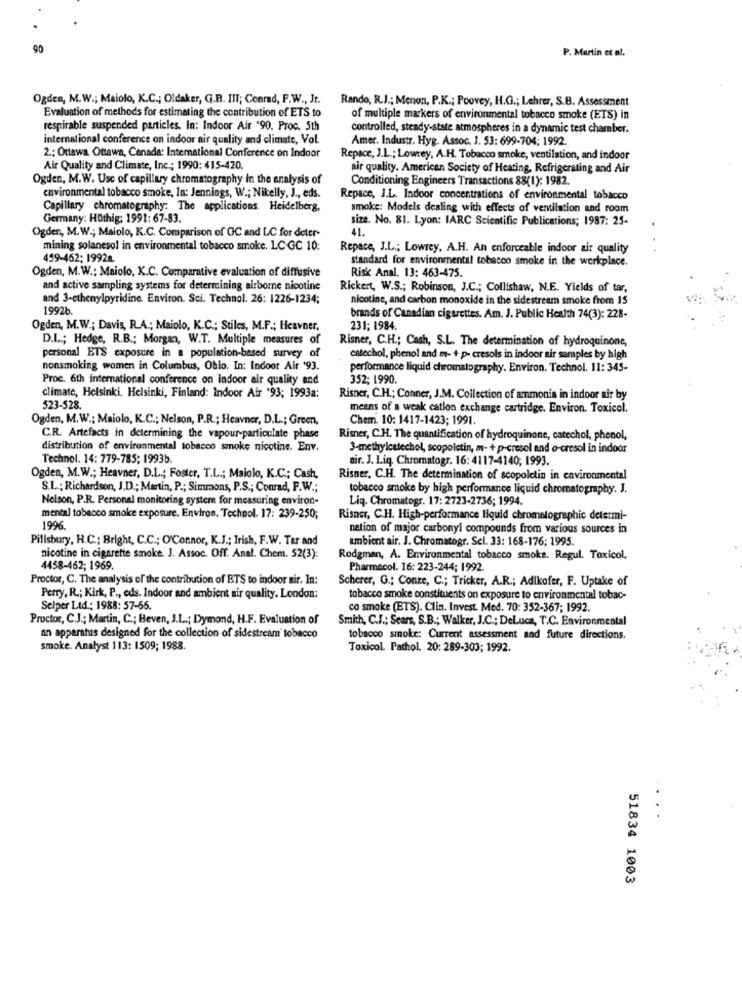
90
P. Martin et al.
Ogden, M.W .; Maiolo, K.C .; Oldaker, G.B. IIT; Conrad, P.W ., Jr.
Rando, R.J .; Menon, P.K .; Poovey, H.G .; Lehrer, S.B. Assessment
Evaluation of methods for estimating the contribution of ETS to
of multiple markers of environmental tobacco smoke (ETS) in
respirable suspended particles. In: Indoor Air '90. Proc. 5th
controlled, steady-state atmospheres in a dynamic test chamber.
international conference on indoor air quality and climate, Vol.
Amer. Industr. Hyg. Assoc. J. 53: 699-704; 1992.
2 .; Ottawa Ottawa, Canada: International Conference on Indoor
Repace, J.L .; Lowrey, A.H. Tobacco smoke, ventilation, and indoor
Air Quality and Climate, Inc .; 1990: 415-420.
air quality. American Society of Heating, Refrigerating and Air
Ogden, M.W. Usc of capillary chromatography in the analysis of
Conditioning Engineers Transactions 88(1): 1982.
environmental tobacco smoke, In: Jennings, W .; Nikelly, J ., eds.
Repace, J.L. Indoor concentrations of environmental tobacco
Capillary chromatography: The applications. Heidelberg,
smoke: Models dealing with effects of ventilation and room
Germany: Hothig: 1991: 67-83.
size. No. 81. Lyon: IARC Scientific Publications; 1987: 25-
Ogden, M.W .; Maiolo, K.C. Comparison of GC and LC for deter-
41.
mining solanesol in environmental tobacco smoke. LC GC 10:
Repace, J.L .; Lowrey, A.H. An enforceable indoor air quality
459-462; 19928.
standard for environmental tobacco smoke in the workplace.
Risk Anal. 13: 463-475.
Ogden, M.W .; Maiolo, K.C. Comparative evaluation of diffusive
and active sampling systems for determining airborne nicotine
Rickert, W.S .; Robinson, J.C .; Collishaw, N.E. Yields of tar,
and 3-ethenylpyridine. Environ. Sci. Technol. 26: 1226-1234;
nicotine, and carbon monoxide in the sidestream smoke from 15
1992b.
brands of Canadian cigarettes. Am. J. Public Health 74(3): 228-
Ogden, M.W .; Davis, R.A .; Maiolo, K.C .; Stiles, M.F .; Heavner,
231; 1984.
D.L .; Hedge, R.B .; Morgan, W.T. Multiple measures of
Risner, C.H .; Cash, S.L. The determination of hydroquinone,
personal ETS exposure in a population-based survey of
catechol, phenol and m- + p. cresols in indoor air samples by high
nonsmoking women in Columbus, Ohio. In: Indoor Air '93.
performance liquid chromatography. Environ. Technol. 11: 345-
Proc. 6th international conference on indoor air quality and
352; 1990.
climate, Helsinki. Helsinki, Finland: Indoor Air '93; 1993a:
Risner, C.H .; Conner, J.M. Collection of ammonia in indoor air by
523-528.
means of a weak cation exchange cartridge. Environ. Toxicol.
Ogden, M.W .: Maiolo, K.C .; Nelson, P.R .; Heavner, D.L .; Green,
Chem. 10: 1417-1423; 1991.
C.R. Artefacts in determining the vapour-particulate phase
Risner, C.H. The quantification of hydroquinone, catechol, phenol,
distribution of environmental tobacco smoke nicotine. Env.
3-methylcatechol, scopoletin, m- + p-cresol and o-cresol in indoor
Technol. 14: 779-785; 1993b.
air. J. Liq, Chromatogr. 16: 4117-4140; 1993.
Ogden, M.W .; Heavner, D.L .; Foster, T.L .; Maiolo, K.C .; Cash,
Risner, C.H. The determination of scopoletin in environmental
S.L .; Richardson, J.D .; Martin, P .; Simmons, P.S .; Conrad, P.W .;
tobacco smoke by high performance liquid chromatography. J.
Nelson, P.R. Personal monitoring system for measuring environ-
Liq. Chromatogr. 17: 2723-2736; 1994.
mental tobacco smoke exposure, Environ, Technol. 17: 239-250;
Risner, C.H. High-performance liquid chromatographic determi-
1996
nation of major carbonyl compounds from various sources in
Pillsbury, H.C .: Bright, C.C .; O'Connor, K.J .; Irish, F.W. Tar and
ambient air. J. Chromatogr. Sel. 33: 168-176; 1995.
nicotine in cigarette smoke. J. Assoc. Off. Anal. Chem. 52(3):
Rodgman, A. Environmental tobacco smoke. Regul. Toxicol,
4458-462; 1969.
Pharmacol. 16: 223-244; 1992.
Proctor, C. The analysis of the contribution of ETS to indoor air. In:
Scherer, G .; Conze, C .; Tricker, A.R .; Adikofer, F. Uptake of
Perry, R .; Kirk, P ., eds. Indoor and ambient air quality. London:
tobacco smoke constituents on exposure to environmental tobac-
Selper Ltd .: 1988: 57-56.
co smoke (ETS). Clin. Invest. Med. 70: 352-367; 1992.
Proctor, C.J .; Martin, C .; Beven, J.L .; Dymond, H.F. Evaluation of
Smith, C.J .; Sears, S.B .; Walker, J.C .; DeLuca, T.C. Environmental
an apparatus designed for the collection of sidestream tobacco
tobacco smoke: Current assessment and future directions.
smoke. Analyst 113: 1509; 1988.
Toxicol. Pathol. 20: 289-303; 1992.
51834 1003